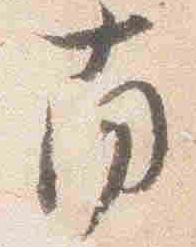
南